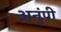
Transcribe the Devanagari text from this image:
अनुंपी